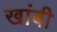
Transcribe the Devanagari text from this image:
खांबी